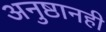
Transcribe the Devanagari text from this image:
अनुष्ठानही